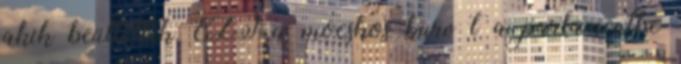
akik beültették EZT a mocskos kurv t a parlamentbe